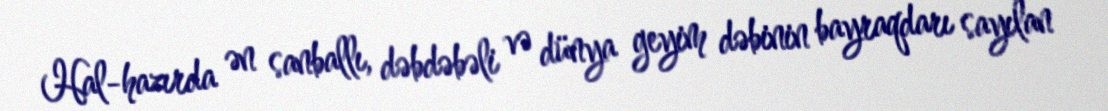
Hal-hazırda ən sanballı, dəbdəbəli və dünya geyim dəbinin bayraqdarı sayılan